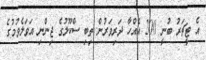
އެ ޓީޗަރު ބުނީ 200 އެއްހާ ދަރިވަރުން ތިބި ސްކޫލުގެ ޖިންނި އަވަލެވުމުގެ